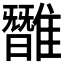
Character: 𩀿